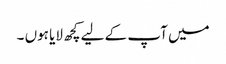
میں آپ کے لیے کچھ لایا ہوں ۔